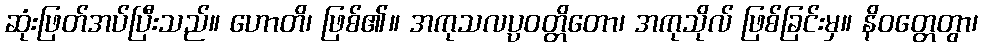
ဆုံးဖြတ်အပ်ပြီးသည်။ ဟောတိ၊ ဖြစ်၏။ အကုသလပ္ပဝတ္တိတော၊ အကုသိုလ် ဖြစ်ခြင်းမှ။ နိဝတ္တေတွာ၊